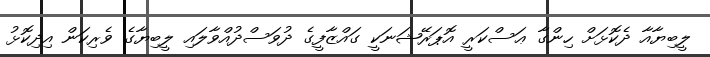
ލީބިޔާއާ ދެކޮޅަށް ހިންގާ ޢަސްކަރީ އޮޕަރޭޝަނަކީ ގައްޒާފީގެ ދުވަސްދުއްވާލައި ލީބިޔާގެ ވެރިކަން އިދިކޮޅު